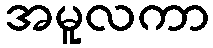
အမူလကာ